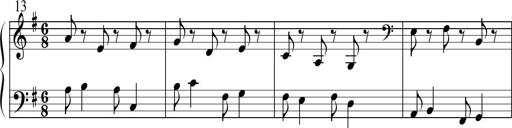
Title: Sonatine No.1 in E minor
Composer: Klaus Jung
Key: E minor